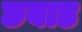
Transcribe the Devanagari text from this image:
छबाड